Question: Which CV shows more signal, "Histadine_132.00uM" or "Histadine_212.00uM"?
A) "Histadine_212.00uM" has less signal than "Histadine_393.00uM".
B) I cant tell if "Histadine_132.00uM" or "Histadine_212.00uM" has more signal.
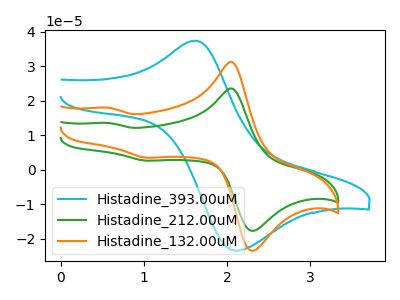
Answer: <think>The cyan curve "Histadine_393.00uM" has an anodic peak at (1.65V, 37.35uA) and a cathodic peak at (2.10V, -23.40uA). The green curve "Histadine_212.00uM" has anodic peaks at (2.05V, 23.45uA) (0.60V, 13.55uA) and cathodic peaks at (2.35V, -17.40uA) (1.05V, 2.65uA). The orange curve "Histadine_132.00uM" has anodic peaks at (2.05V, 31.15uA) (0.60V, 17.95uA) and cathodic peaks at (2.35V, -23.10uA) (1.05V, 3.50uA).
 All the peaks in "Histadine_132.00uM" have a peak in "Histadine_212.00uM" at the same potential.</think>
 <answer>B) I cant tell if "Histadine_132.00uM" or "Histadine_212.00uM" has more signal.</answer>
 <eval>B</eval>